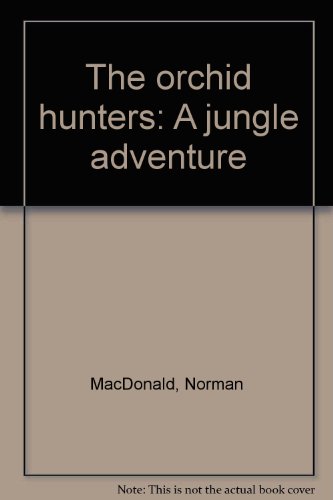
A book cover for The orchid hunters: A jungle adventure; Norman MacDonald; Travel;